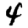
Digit: 4